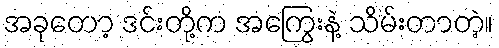
အခုတော့ ဒင်းတို့က အကြွေးနဲ့ သိမ်းတာတဲ့။